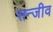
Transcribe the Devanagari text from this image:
सन्जीव